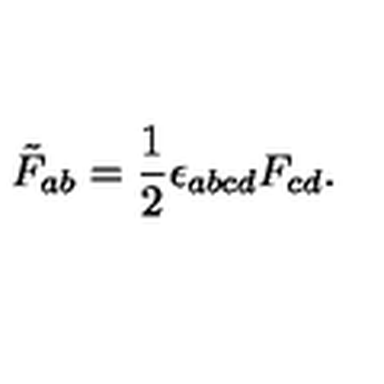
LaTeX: \tilde { F } _ { a b } = \frac { 1 } { 2 } \epsilon _ { a b c d } F _ { c d } .